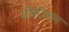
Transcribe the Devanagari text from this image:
प्रीसीजन